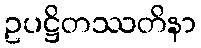
ဥပဋ္ဌိတဿတိနာ